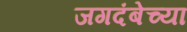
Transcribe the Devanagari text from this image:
जगदंबेच्या